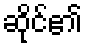
ဆိုင်၏